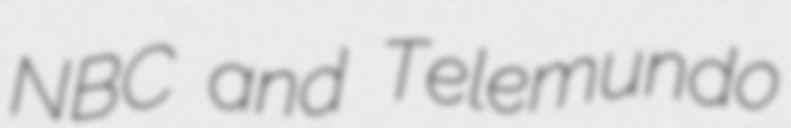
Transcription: NBC and Telemundo